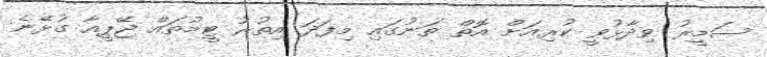
ސަމީރު ވިދާޅުވީ ކުރިއަށް އޮތް ތަނުގައި މިފަދަ އިތުރު ޓީމުތައް ޖޭޕީއާ ގުޅޭނެ